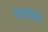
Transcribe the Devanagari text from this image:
पाटगावचे